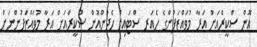
އޮން ސްކީރްއަށް އަރާ މުވައްޒަފުންގެ ހެއަރ ސްޓައިލް ހެދުންއޮން ސްކީރްއަށް އަރާ މުވައްޒަފުންނަށް